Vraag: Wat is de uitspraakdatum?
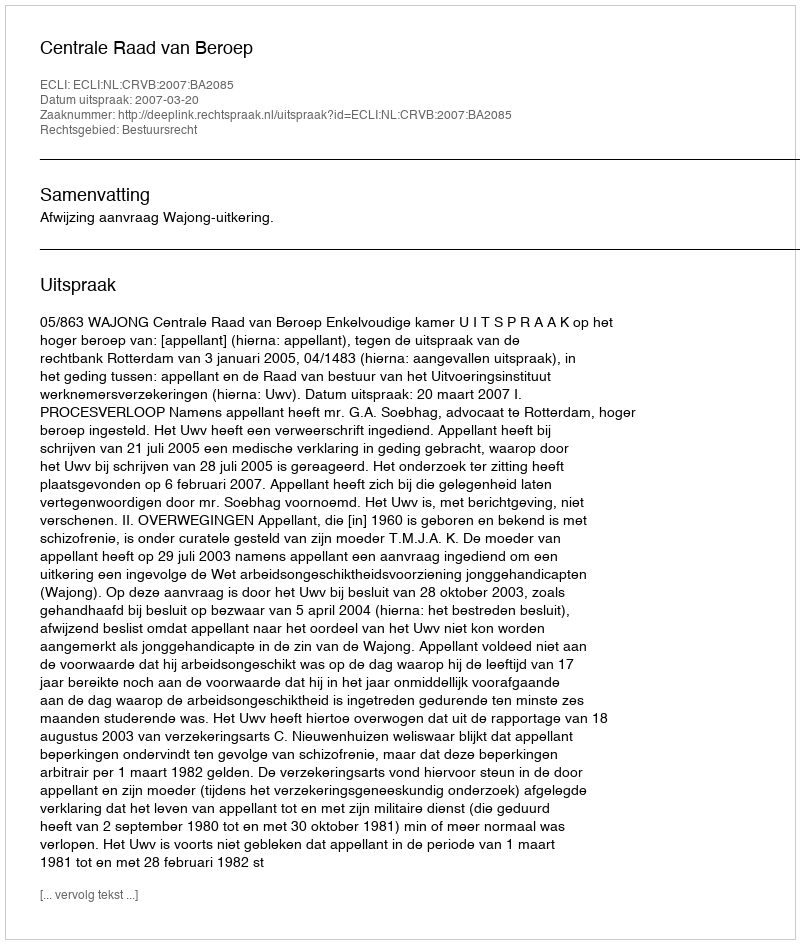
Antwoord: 2007-03-20